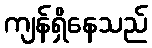
ကျန်ရှိနေသည်